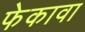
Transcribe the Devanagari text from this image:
फेकावा